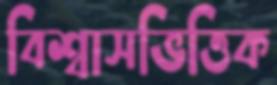
বিশ্বাসভিত্তিক